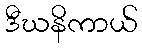
ဒီဃနိကာယ်